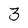
Character: 3